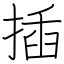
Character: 插